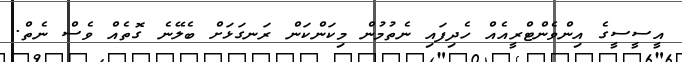
އީސީސީގެ އިންވެންޓްރީއެއް ހެދިފައި ނެތުމުން މިކަންކަން ރަނގަޅަށް ބެލޭނެ ގޮތެއް ވެސް ނެތް.